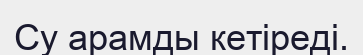
Су арамды кетіреді.